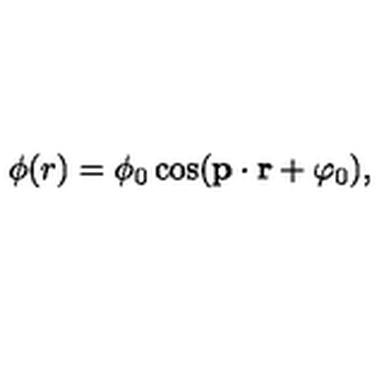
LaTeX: \phi ( r ) = \phi _ { 0 } \cos ( { \bf p } \cdot { \bf r } + \varphi _ { 0 } ) ,